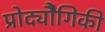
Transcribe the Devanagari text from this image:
प्रोद्यौेगिकी